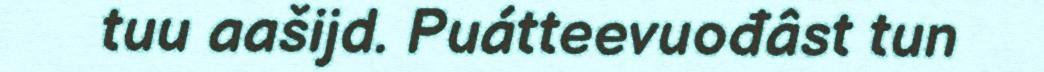
tuu aašijd. Puátteevuođâst tun